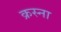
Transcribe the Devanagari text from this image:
क्रस्ना